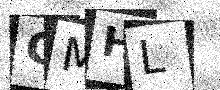
Text: CMHL